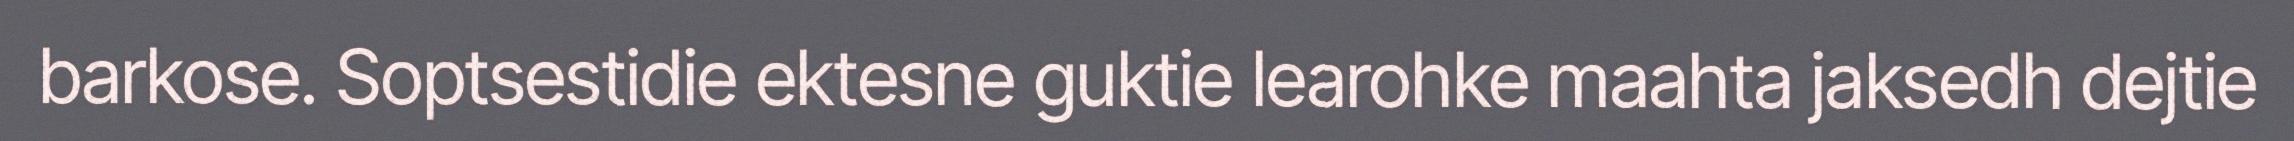
barkose. Soptsestidie ektesne guktie learohke maahta jaksedh dejtie